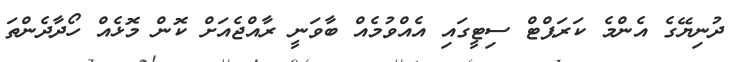
ދުނިޔޭގެ އެންމެ ކަރަޕްޓް ސިޓީގައި އެއްވުމެއް ބާވަނީ ރާއްޖެއަށް ކޮން މޮޅެއް ހޯދާދެންތަ